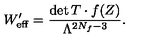
W _ { \mathrm { e f f } } ^ { \prime } = \frac { \det T \cdot f ( Z ) } { \Lambda ^ { 2 N _ { f } - 3 } } .